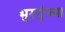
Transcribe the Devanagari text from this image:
भुरगुंज्या